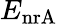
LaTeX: E_{\mathrm{nrA}}